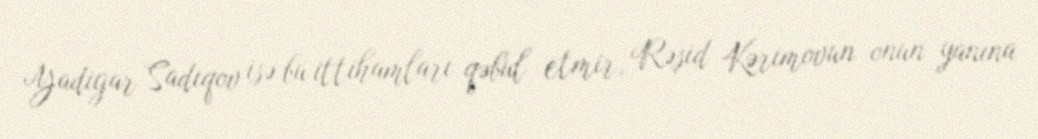
Yadigar Sadıqov isə bu ittihamları qəbul etmir, Rəşid Kərimovun onun yanına